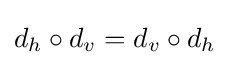
d_{h}\circ d_{v}=d_{v}\circ d_{h}